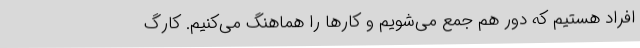
افراد هستیم که دور هم جمع می‌شویم و کارها را هماهنگ می‌کنیم. کارگ